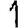
Digit: 1